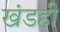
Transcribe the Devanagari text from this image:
खंडही